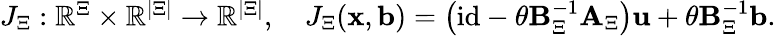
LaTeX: \begin{array}{r}{{J}_{\Xi}:\mathbb{R}^{\Xi}\times\mathbb{R}^{|\Xi|}\to\mathbb{R}^{|\Xi|},\quad{J}_{\Xi}(\boldsymbol{\mathbf{x}},\boldsymbol{\mathbf{b}})=\left(\mathrm{id}-\theta\boldsymbol{\mathbf{B}}_{\Xi}^{-1}\boldsymbol{\mathbf{A}}_{\Xi}\right)\boldsymbol{\mathbf{u}}+\theta\boldsymbol{\mathbf{B}}_{\Xi}^{-1}\boldsymbol{\mathbf{b}}.}\end{array}